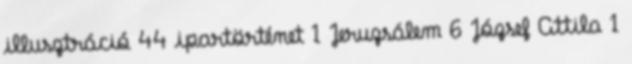
illusztráció 44 ipartörténet 1 Jeruzsálem 6 József Attila 1